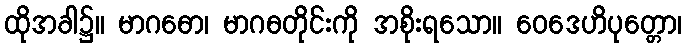
ထိုအခါ၌။ မာဂဓော၊ မာဂဓတိုင်းကို အစိုးရသော။ ဝေဒေဟိပုတ္တော၊